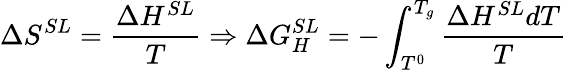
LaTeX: \Delta S^{SL}=\frac{\Delta H^{SL}}{T}\Rightarrow\Delta G_{H}^{SL}=-\int_{T^{0}}^{T_{g}}\frac{\Delta H^{SL}dT}{T}